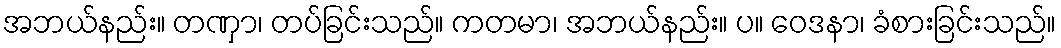
အဘယ်နည်း။ တဏှာ၊ တပ်ခြင်းသည်။ ကတမာ၊ အဘယ်နည်း။ ပ။ ဝေဒနာ၊ ခံစားခြင်းသည်။